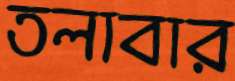
তলাবার